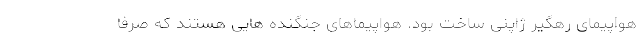
هواپیمای رهگیر ژاپنی ساخت بود. هواپیماهای جنگنده هایی هستند که صرفا